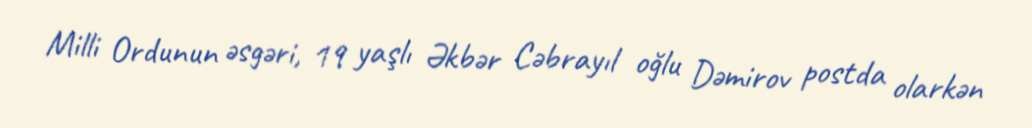
Milli Ordunun əsgəri, 19 yaşlı Əkbər Cəbrayıl oğlu Dəmirov postda olarkən